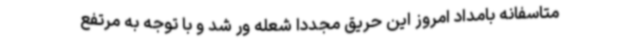
متاسفانه بامداد امروز این حریق مجددا شعله ور شد و با توجه به مرتفع